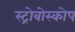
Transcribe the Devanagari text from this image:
स्ट्रोबोस्कोप